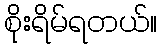
စိုးရိမ်ရတယ်။